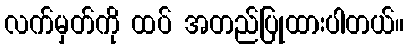
လက်မှတ်ကို ထပ် အတည်ပြုထားပါတယ်။